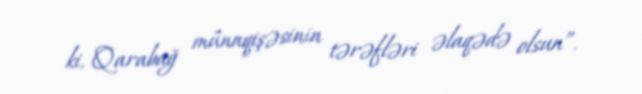
ki, Qarabağ münaqişəsinin tərəfləri əlaqədə olsun”.